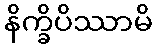
နိက္ခိပိဿာမိ